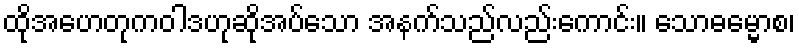
ထိုအဟေတုကဝါဒဟုဆိုအပ်သော အနက်သည်လည်းကောင်း။ သောဓမ္မောစ၊